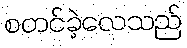
စတင်ခဲ့လေသည်